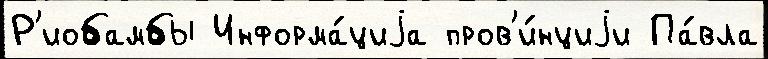
Р'иобамбы Информа́циjа пров'и́нциjи Па́вла